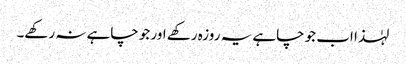
لہٰذا اب جو چاہے یہ روزہ رکھے اور جو چاہے نہ رکھے۔